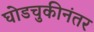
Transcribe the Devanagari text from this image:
घोडचुकीनंतर